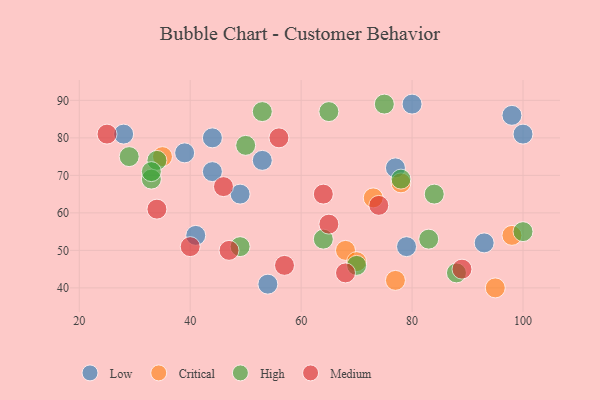
{"axis": {"x": "GDP", "y": "Life Expectancy"}, "legend": ["Critical", "High", "Low", "Medium"], "data": [{"x": "39", "y": 76, "type": "Low"}, {"x": "28", "y": 81, "type": "Low"}, {"x": "44", "y": 71, "type": "Low"}, {"x": "79", "y": 51, "type": "Low"}, {"x": "77", "y": 72, "type": "Low"}, {"x": "53", "y": 74, "type": "Low"}, {"x": "41", "y": 54, "type": "Low"}, {"x": "49", "y": 65, "type": "Low"}, {"x": "80", "y": 89, "type": "Low"}, {"x": "93", "y": 52, "type": "Low"}, {"x": "100", "y": 81, "type": "Low"}, {"x": "54", "y": 41, "type": "Low"}, {"x": "98", "y": 86, "type": "Low"}, {"x": "44", "y": 80, "type": "Low"}, {"x": "98", "y": 54, "type": "Critical"}, {"x": "77", "y": 42, "type": "Critical"}, {"x": "68", "y": 50, "type": "Critical"}, {"x": "73", "y": 64, "type": "Critical"}, {"x": "35", "y": 75, "type": "Critical"}, {"x": "95", "y": 40, "type": "Critical"}, {"x": "78", "y": 68, "type": "Critical"}, {"x": "70", "y": 47, "type": "Critical"}, {"x": "65", "y": 87, "type": "High"}, {"x": "70", "y": 46, "type": "High"}, {"x": "34", "y": 74, "type": "High"}, {"x": "78", "y": 69, "type": "High"}, {"x": "53", "y": 87, "type": "High"}, {"x": "29", "y": 75, "type": "High"}, {"x": "84", "y": 65, "type": "High"}, {"x": "75", "y": 89, "type": "High"}, {"x": "50", "y": 78, "type": "High"}, {"x": "33", "y": 69, "type": "High"}, {"x": "100", "y": 55, "type": "High"}, {"x": "33", "y": 71, "type": "High"}, {"x": "49", "y": 51, "type": "High"}, {"x": "88", "y": 44, "type": "High"}, {"x": "83", "y": 53, "type": "High"}, {"x": "64", "y": 53, "type": "High"}, {"x": "65", "y": 57, "type": "Medium"}, {"x": "89", "y": 45, "type": "Medium"}, {"x": "68", "y": 44, "type": "Medium"}, {"x": "40", "y": 51, "type": "Medium"}, {"x": "34", "y": 61, "type": "Medium"}, {"x": "57", "y": 46, "type": "Medium"}, {"x": "56", "y": 80, "type": "Medium"}, {"x": "74", "y": 62, "type": "Medium"}, {"x": "47", "y": 50, "type": "Medium"}, {"x": "25", "y": 81, "type": "Medium"}, {"x": "64", "y": 65, "type": "Medium"}, {"x": "46", "y": 67, "type": "Medium"}]}